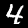
Label: 4